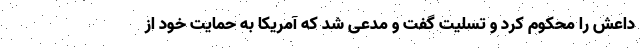
داعش را محکوم کرد و تسلیت گفت و مدعی شد که آمریکا به حمایت خود از